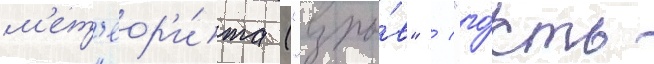
м'ет'еор'и́та ("взры́в" / "го́сть